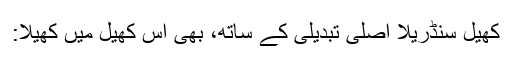
کھیل سنڈریلا اصلی تبدیلی کے ساتھ، بھی اس کھیل میں کھیلا: